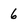
Character: 6